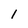
Character: 1